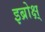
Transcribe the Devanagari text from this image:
इब्रोक्ष्